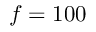
f = 1 0 0